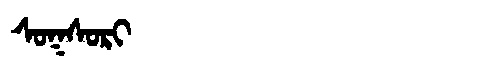
Manchu: ᠰᠣᡴᠰᠣᡵᡳ
Romanization: SOKSORI